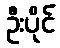
ဦးပိုင်